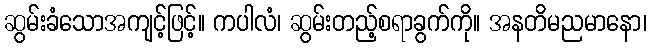
ဆွမ်းခံသောအကျင့်ဖြင့်။ ကပါလံ၊ ဆွမ်းတည့်စရာခွက်ကို။ အနတိမညမာနော၊